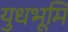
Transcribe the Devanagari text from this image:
युधभूमि